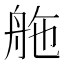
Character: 䑨